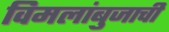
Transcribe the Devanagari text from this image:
विमलांबुजाची